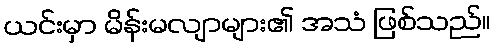
ယင်းမှာ မိန်းမလျာများ၏ အသံ ဖြစ်သည်။